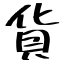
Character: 貨